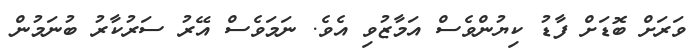
ވަރަށް ބޮޑަށް ފާޑު ކިޔުންވެސް އަމާޒުވި އެވެ. ނަމަވެސް އޭރު ސަރުކާރު ބުނަމުން